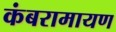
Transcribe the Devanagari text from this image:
कंबरामायण